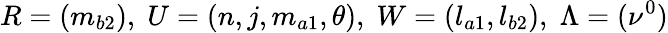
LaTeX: R=(m_{b2}),\; U=(n,j,m_{a1},\theta),\; W=(l_{a1},l_{b2}),\; \Lambda=(\nu^{0})